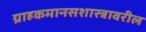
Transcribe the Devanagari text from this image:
ग्राहकमानसशास्त्रावरील